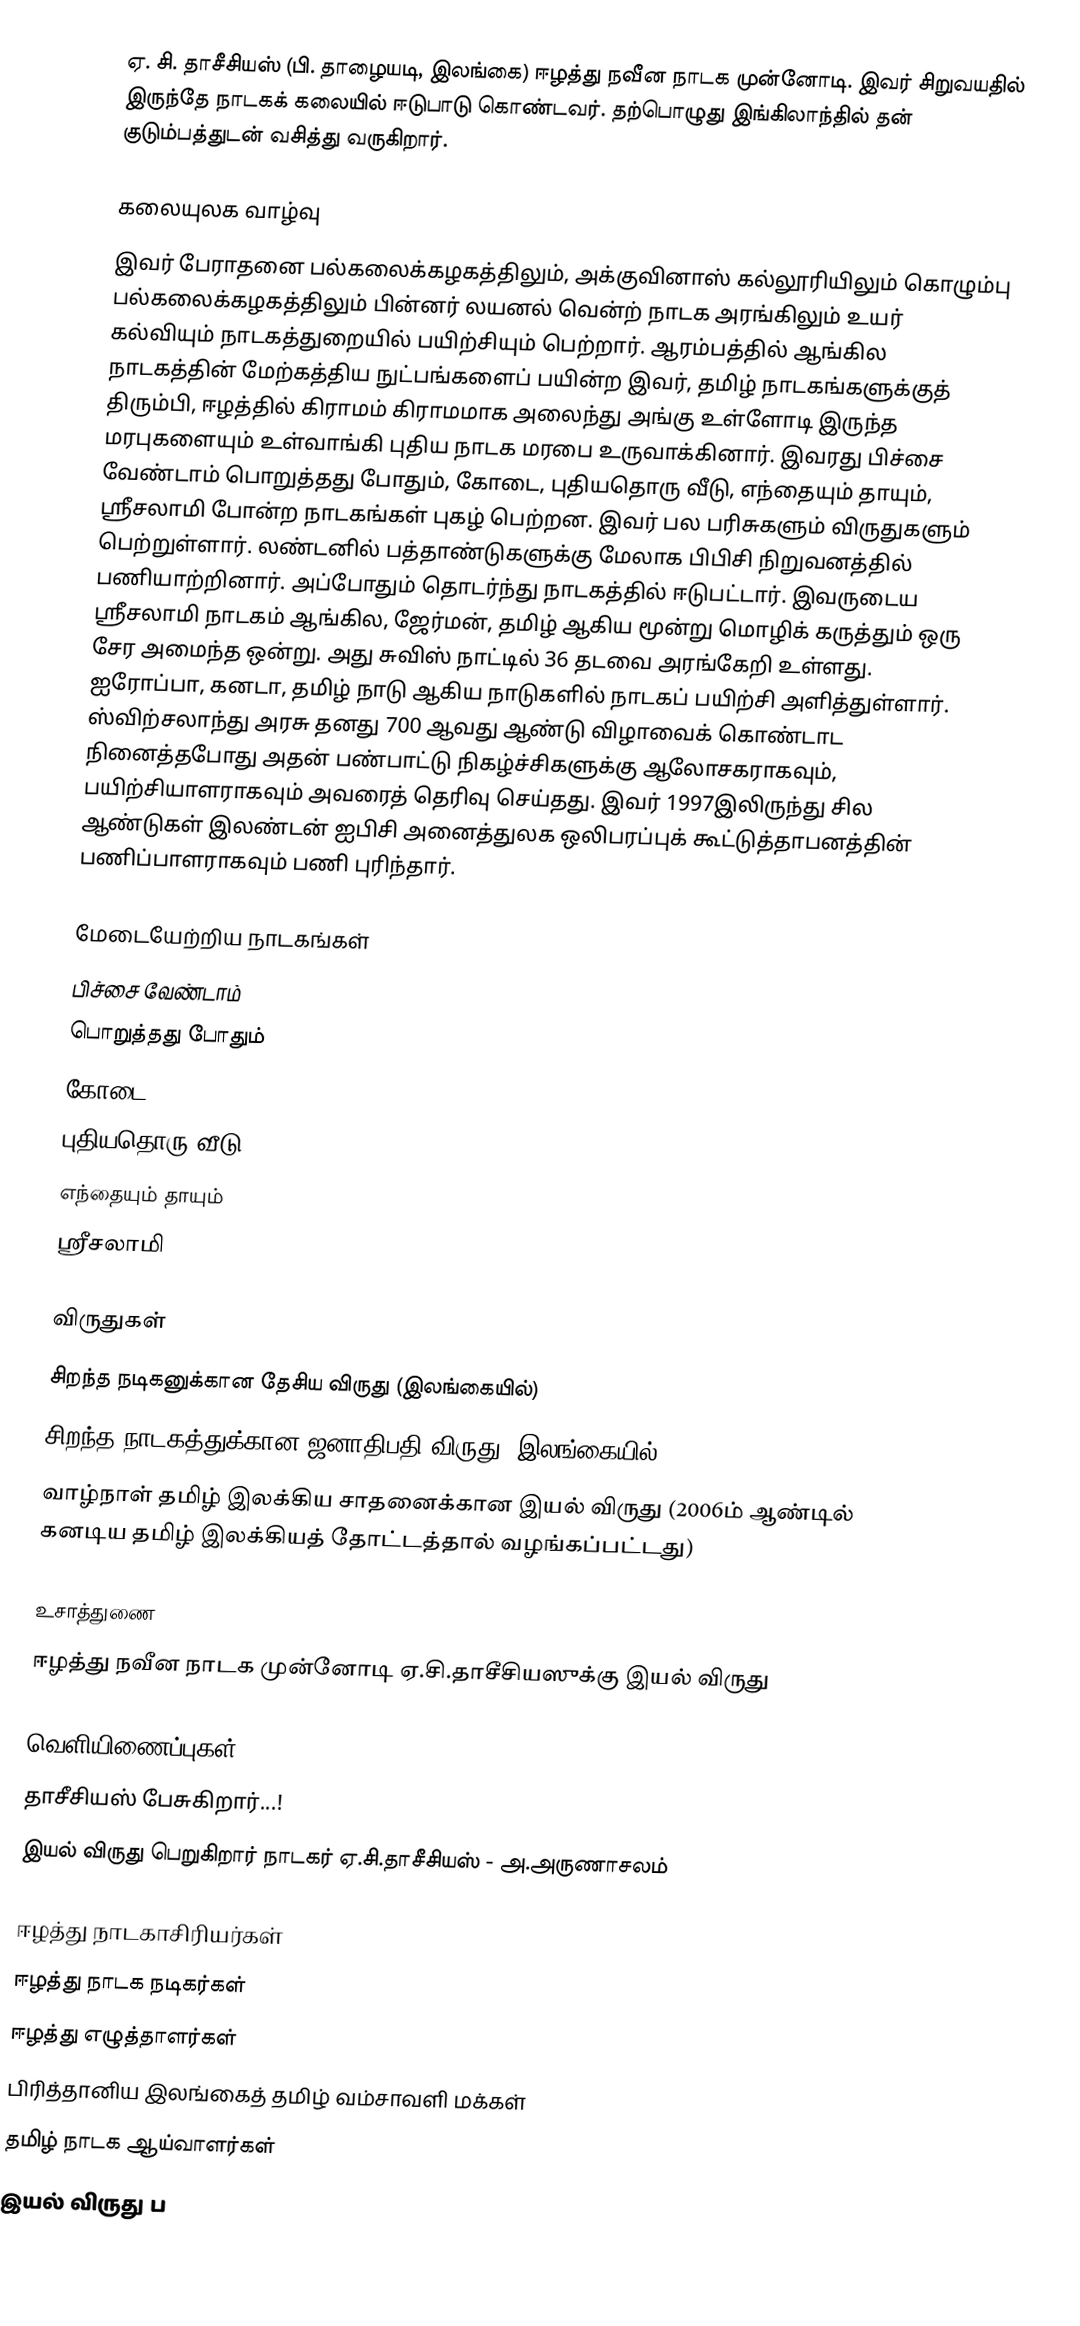
ஏ. சி. தாசீசியஸ் (பி. தாழையடி, இலங்கை) ஈழத்து நவீன நாடக முன்னோடி. இவர் சிறுவயதில் இருந்தே நாடகக் கலையில் ஈடுபாடு கொண்டவர். தற்பொழுது இங்கிலாந்தில் தன் குடும்பத்துடன் வசித்து வருகிறார்.

கலையுலக வாழ்வு
இவர் பேராதனை பல்கலைக்கழகத்திலும், அக்குவினாஸ் கல்லூரியிலும் கொழும்பு பல்கலைக்கழகத்திலும் பின்னர் லயனல் வென்ற் நாடக அரங்கிலும் உயர் கல்வியும் நாடகத்துறையில் பயிற்சியும் பெற்றார். ஆரம்பத்தில் ஆங்கில நாடகத்தின் மேற்கத்திய நுட்பங்களைப் பயின்ற இவர், தமிழ் நாடகங்களுக்குத் திரும்பி, ஈழத்தில் கிராமம் கிராமமாக அலைந்து அங்கு உள்ளோடி இருந்த மரபுகளையும் உள்வாங்கி புதிய நாடக மரபை உருவாக்கினார். இவரது பிச்சை வேண்டாம் பொறுத்தது போதும், கோடை, புதியதொரு வீடு, எந்தையும் தாயும், ஸ்ரீசலாமி போன்ற நாடகங்கள் புகழ் பெற்றன. இவர் பல பரிசுகளும் விருதுகளும் பெற்றுள்ளார். லண்டனில் பத்தாண்டுகளுக்கு மேலாக பிபிசி நிறுவனத்தில் பணியாற்றினார். அப்போதும் தொடர்ந்து நாடகத்தில் ஈடுபட்டார். இவருடைய ஸ்ரீசலாமி நாடகம் ஆங்கில, ஜேர்மன், தமிழ் ஆகிய மூன்று மொழிக் கருத்தும் ஒரு சேர அமைந்த ஒன்று. அது சுவிஸ் நாட்டில் 36 தடவை அரங்கேறி உள்ளது. ஐரோப்பா, கனடா, தமிழ் நாடு ஆகிய நாடுகளில் நாடகப் பயிற்சி அளித்துள்ளார். ஸ்விற்சலாந்து அரசு தனது 700 ஆவது ஆண்டு விழாவைக் கொண்டாட நினைத்தபோது அதன் பண்பாட்டு நிகழ்ச்சிகளுக்கு ஆலோசகராகவும், பயிற்சியாளராகவும் அவரைத் தெரிவு செய்தது. இவர் 1997இலிருந்து சில ஆண்டுகள் இலண்டன் ஐபிசி அனைத்துலக ஒலிபரப்புக் கூட்டுத்தாபனத்தின் பணிப்பாளராகவும் பணி புரிந்தார்.

மேடையேற்றிய நாடகங்கள்
 பிச்சை வேண்டாம்
 பொறுத்தது போதும்
 கோடை
 புதியதொரு வீடு
 எந்தையும் தாயும்
 ஸ்ரீசலாமி

விருதுகள்
 சிறந்த நடிகனுக்கான தேசிய விருது (இலங்கையில்)
 சிறந்த நாடகத்துக்கான ஜனாதிபதி விருது (இலங்கையில்)
 வாழ்நாள் தமிழ் இலக்கிய சாதனைக்கான இயல் விருது (2006ம் ஆண்டில் கனடிய தமிழ் இலக்கியத் தோட்டத்தால் வழங்கப்பட்டது)

உசாத்துணை
 ஈழத்து நவீன நாடக முன்னோடி ஏ.சி.தாசீசியஸுக்கு இயல் விருது

வெளியிணைப்புகள்
 தாசீசியஸ் பேசுகிறார்...!
 இயல் விருது பெறுகிறார் நாடகர் ஏ.சி.தாசீசியஸ் - அ.அருணாசலம்

ஈழத்து நாடகாசிரியர்கள்
ஈழத்து நாடக நடிகர்கள்
ஈழத்து எழுத்தாளர்கள்
பிரித்தானிய இலங்கைத் தமிழ் வம்சாவளி மக்கள்
தமிழ் நாடக ஆய்வாளர்கள்
இயல் விருது ப